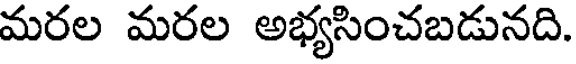
మరల మరల అభ్యసించబడునది.